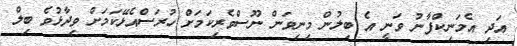
އަދި އެމަނިކްފާނު ވަނީ އެ ބިލުން މިނިވަން ނޫސްވެރިކަމަށް ހުރަސްއެޅޭކަމަށް ވިދާޅުވެ ބިލް